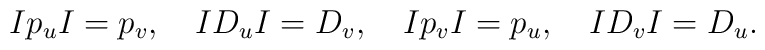
Ip_uI = p_v,\quad ID_uI = D_v,\quad Ip_vI = p_u,\quad ID_vI = D_u.